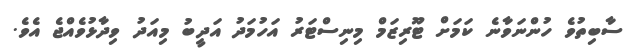
ސާބިތުވެ ހުންނަވާނެ ކަމަށް ޓޫރިޒަމް މިނިސްޓަރު އަހުމަދު އަދީބު މިއަދު ވިދާޅުވެއްޖެ އެވެ.